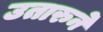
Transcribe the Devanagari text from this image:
उतारुने